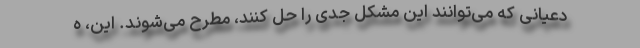
دعیانی که می‌توانند این مشکل جدی را حل کنند، مطرح می‌شوند. این، ه